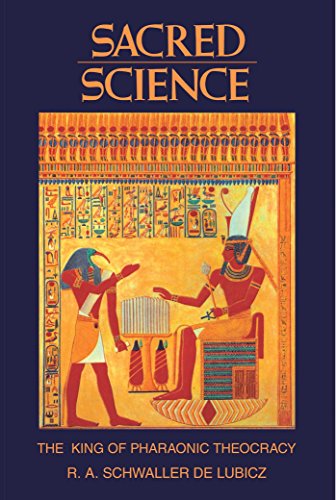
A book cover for Sacred Science: The King of Pharaonic Theocracy; R. A. Schwaller de Lubicz; Religion & Spirituality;